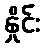
နှိုင်း